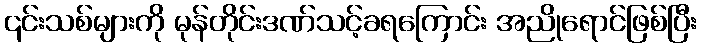
၎င်းသစ်များကို မုန်တိုင်းဒဏ်သင့်ခရကြောင်း အညိုရောင်ဖြစ်ပြီး